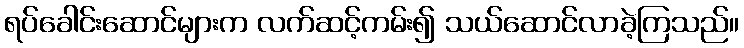
ရပ်ခေါင်းဆောင်များက လက်ဆင့်ကမ်း၍ သယ်ဆောင်လာခဲ့ကြသည်။